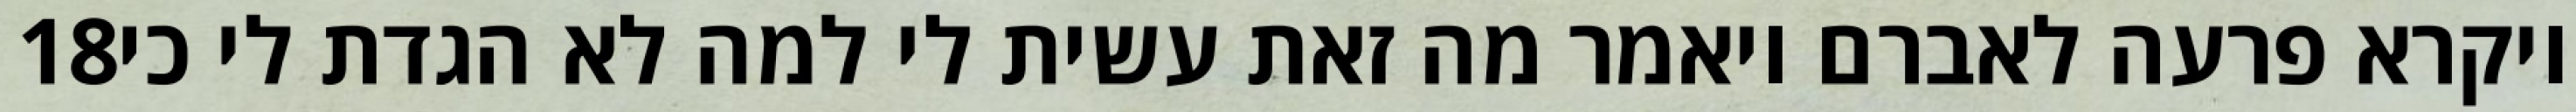
‎18‏ ויקרא פרעה לאברם ויאמר מה זאת עשית לי למה לא הגדת לי כי